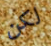
لكن